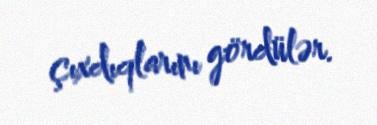
çıxdıqlarını gördülər.